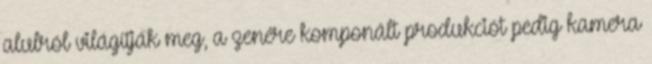
alulról világítják meg, a zenére komponált produkciót pedig kamera